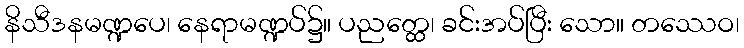
နိသီဒနမဏ္ဍပေ၊ နေရာမဏ္ဍပ်၌။ ပညတ္ထေ၊ ခင်းအပ်ပြီး သော။ တဿေဝ၊